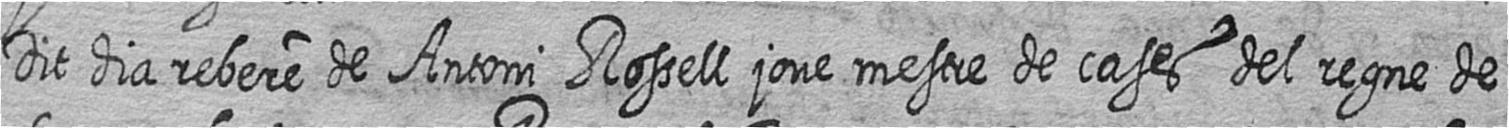
Dit dia rebere de Antoni Rossell jove mestre de cases del regne de